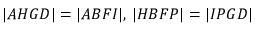
| A H G D | = | A B F I | , \, | H B F P | = | I P G D |